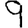
Digit: 9